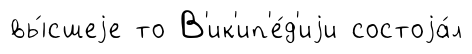
вы́сшеjе то В'ик'ип'е́д'иjи состоjа́л